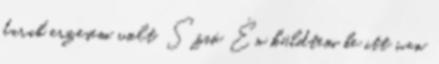
darab erzesem volt. Szió Én küldtem be itt van